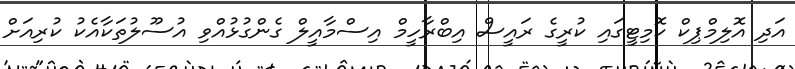
އަދި އޮލިމްޕިކް ކޮމިޓީގައި ކުރީގެ ރައީސް އިބްރާހީމް އިސްމާއީލް ގެންގުޅުއްވި އުސޫލުތަކާއެކު ކުރިއަށް